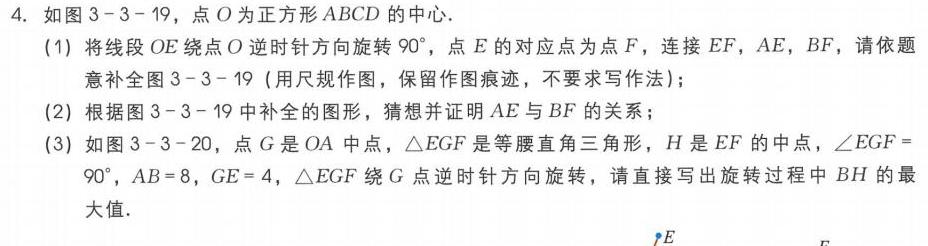
4. 如图3 - 3 - 19，点\(O\)为正方形\(ABCD\)的中心.
(1) 将线段\(OE\)绕点\(O\)逆时针方向旋转\(90^{\circ}\)，点\(E\)的对应点为点\(F\)，连接\(EF\)，\(AE\)，\(BF\)，请依题意补全图3 - 3 - 19 (用尺规作图，保留作图痕迹，不要求写作法)；
(2) 根据图3 - 3 - 19中补全的图形，猜想并证明\(AE\)与\(BF\)的关系；
(3) 如图3 - 3 - 20，点\(G\)是\(OA\)中点，\(\triangle EGF\)是等腰直角三角形，\(H\)是\(EF\)的中点，\(\angle EGF = 90^{\circ}\)，\(AB = 8\)，\(GE = 4\)，\(\triangle EGF\)绕\(G\)点逆时针方向旋转，请直接写出旋转过程中\(BH\)的最大值.